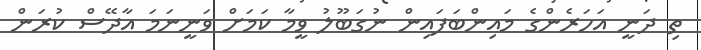
ތި ދަނީ އަހަރެންގެ މައިންބަފައިން ނުގަބޫލު ވީމާ ކަމަށް ވަނީނަމަ އާދޭސް ކުރަން